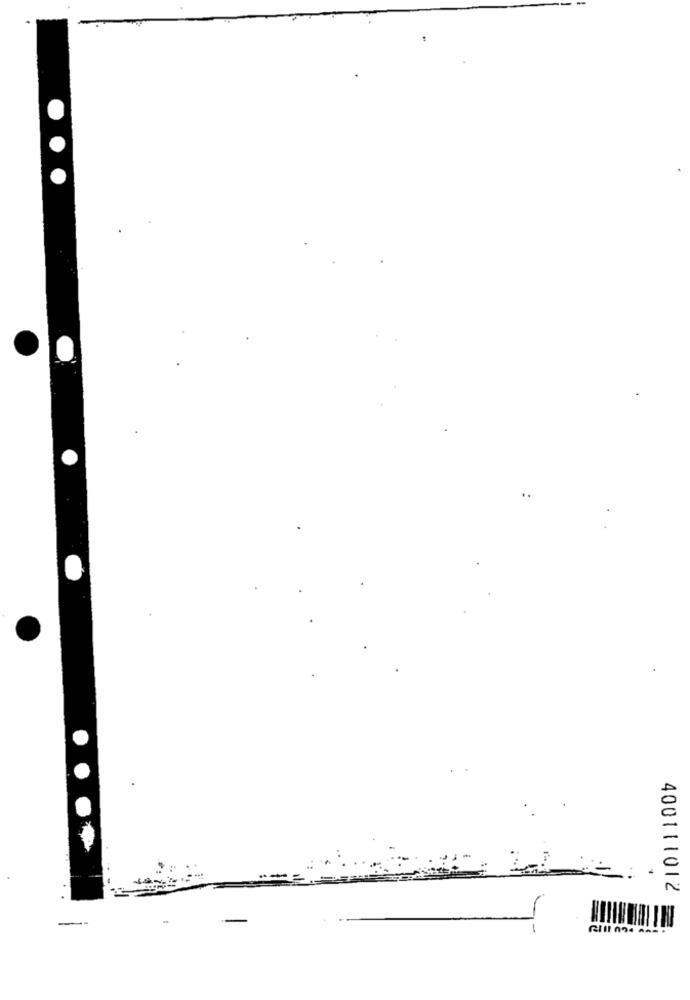
400111012